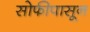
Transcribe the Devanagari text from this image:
सोफीपासून